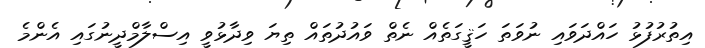
އިތުރުފުޅު ހައްދަވައި ނުވަތަ ހަޤީގަތެއް ނެތް ވައުދުތައް ތިޔަ ވިދާޅުވީ އިސްލާމްދީނުގައި އެންމެ